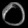
Digit: ၀